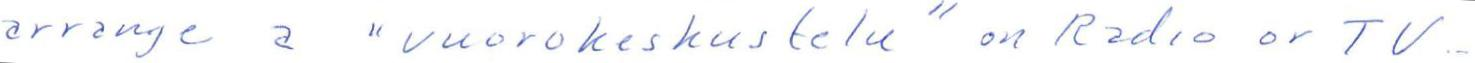
arrange a "vuorokeskustelu" on Radio or TV...